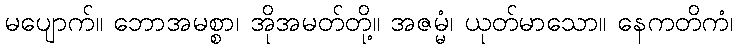
မပျောက်။ ဘောအမစ္စာ၊ အိုအမတ်တို့။ အဇမ္မံ၊ ယုတ်မာသော။ နေကတိကံ၊